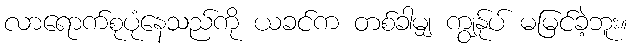
လာရောက်စုပုံနေသည်ကို ယခင်က တစ်ခါမျှ ကျွန်ုပ် မမြင်ခဲ့ဘူး။